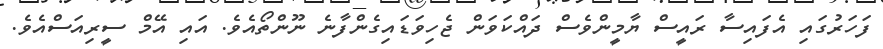
ފަހަރުގައި އެފައިސާ ރައީސް ޔާމީންވެސް ދައްކަވަން ޖެހިވަޑައިގެންފާނެ ނޫންތޯއެވެ. އައި އޭމް ސީރިއަސްއެވެ.